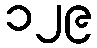
၁၂၉